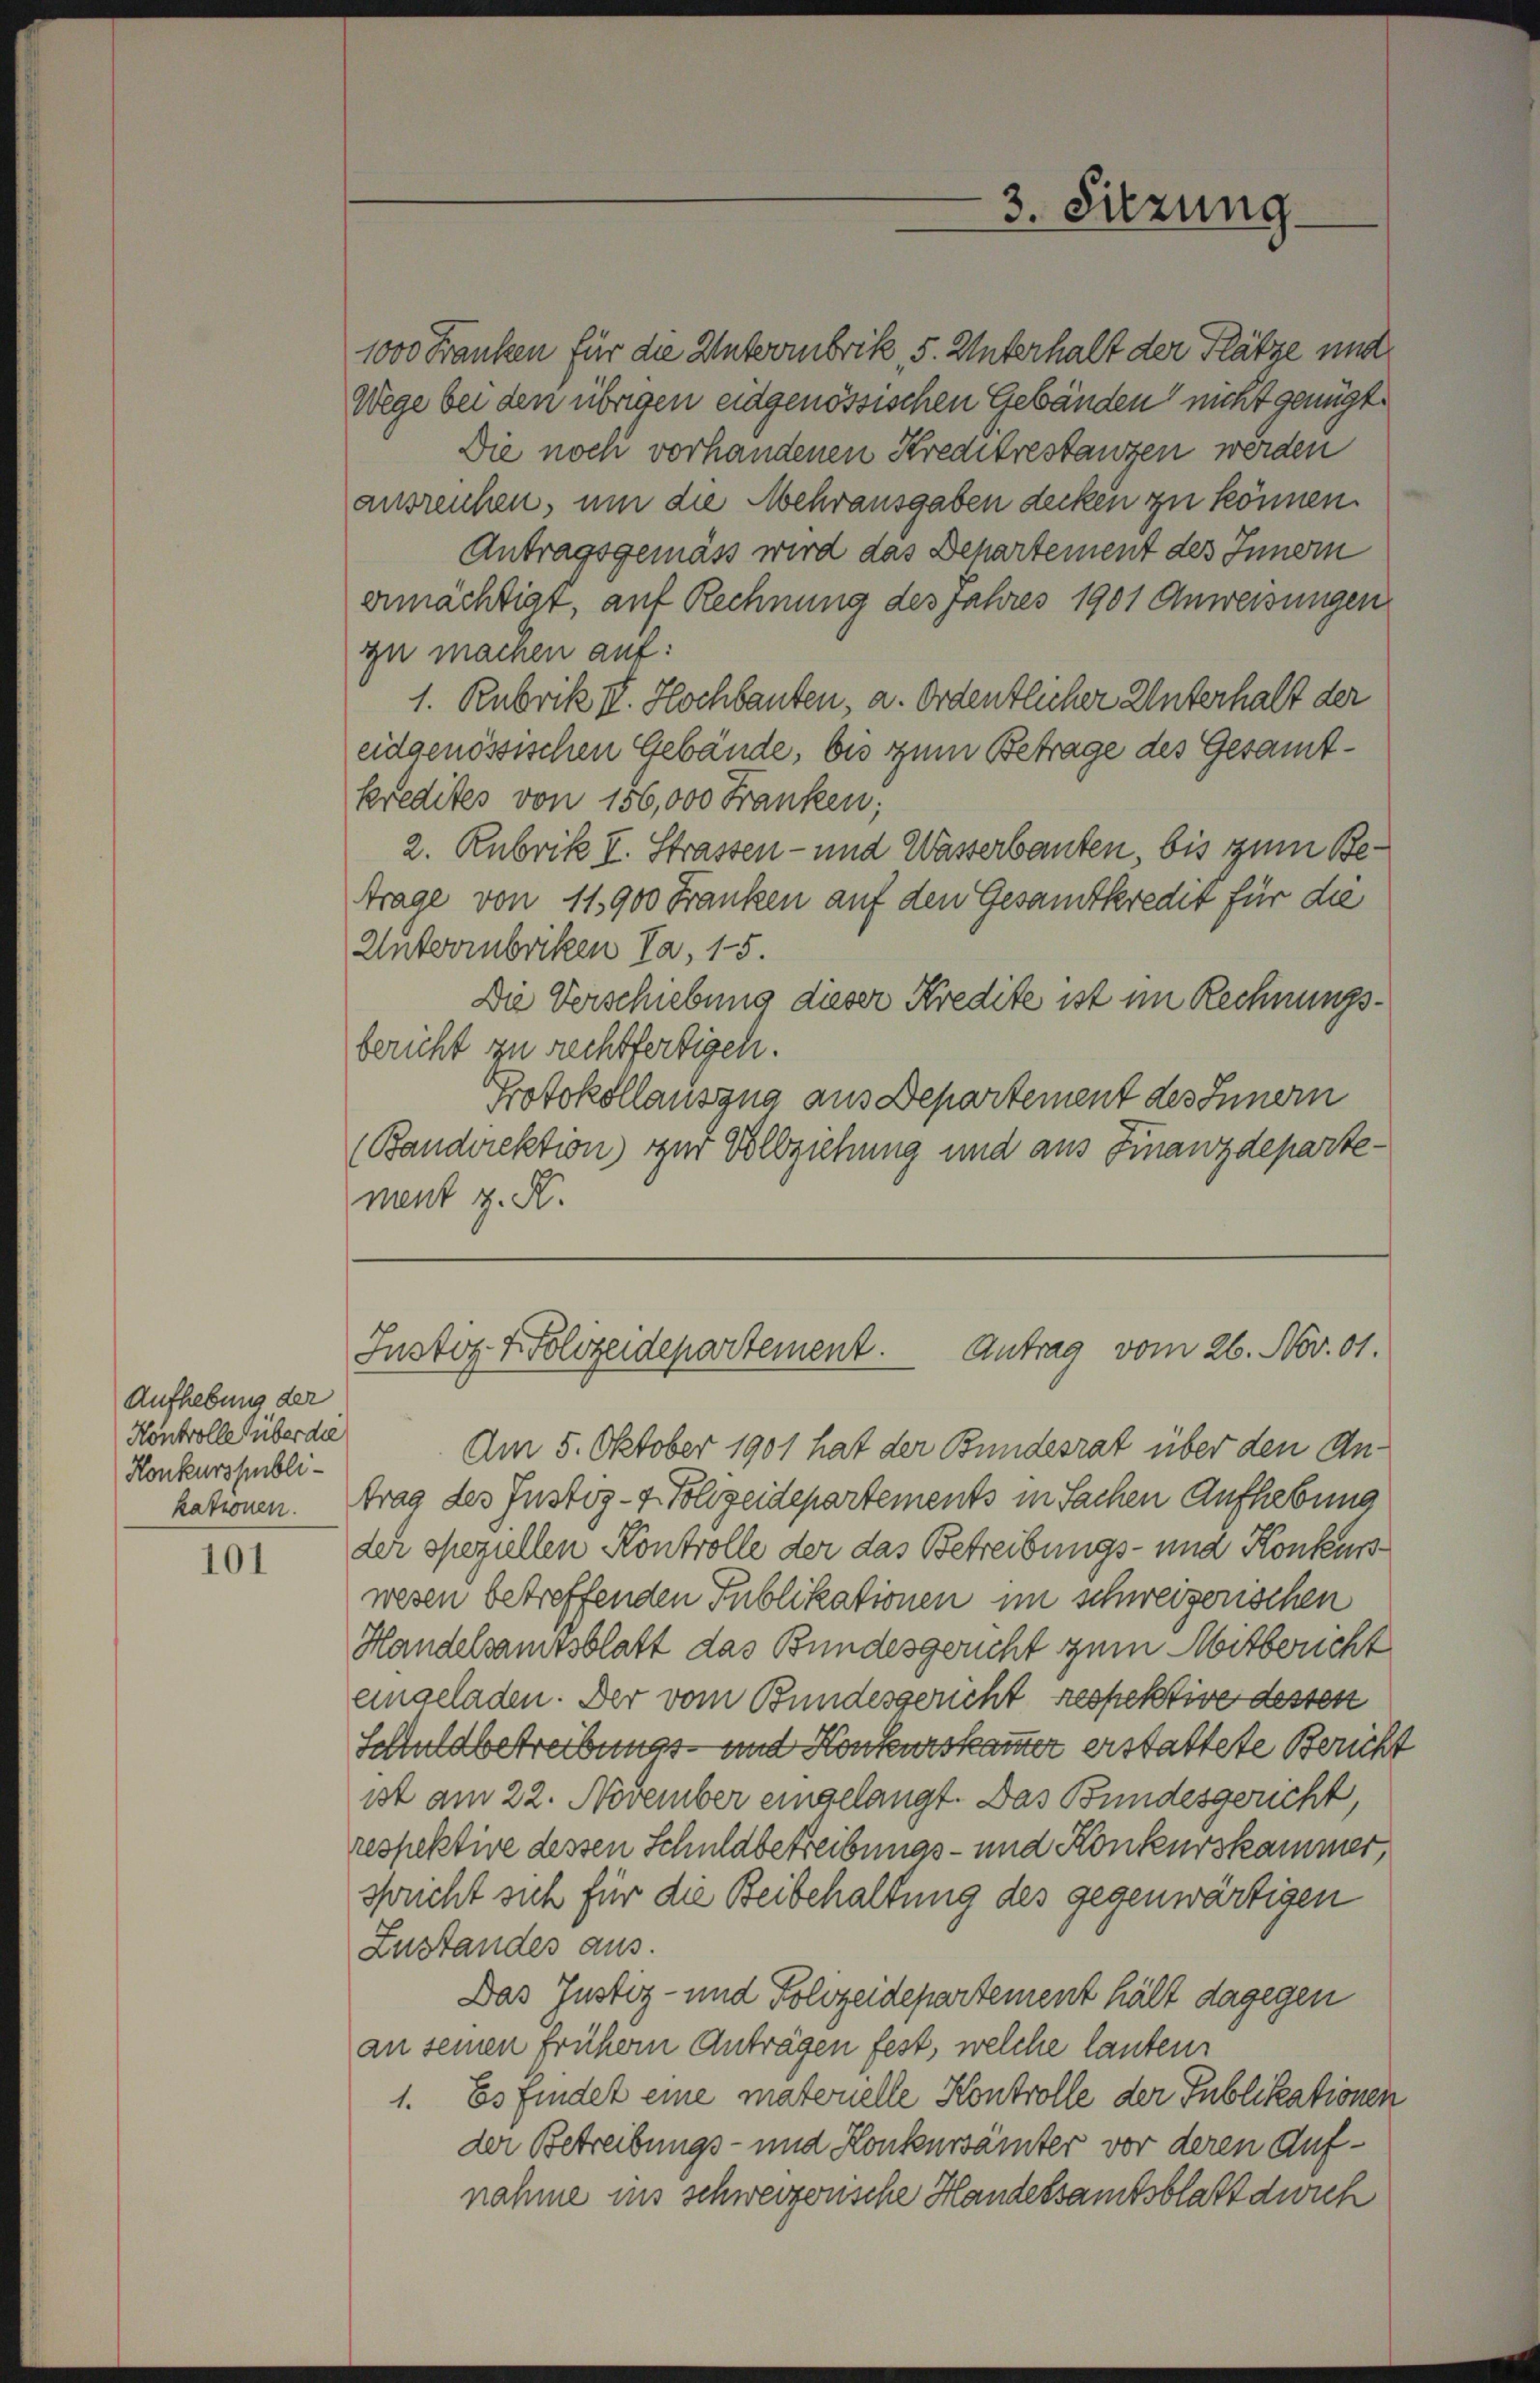
Aufhebung der
Kontrolle überdie
Konkurspubli-
kationen.

101

3. Sitzung.

1000 Franken für die Untermbrik, 5. Unterhalt der Plätze und
Wege bei den übrigen eidgenössischen Gebäuden nicht genügt
Die noch vorhandenen Kreditrestanzen werden
ausreichen, um die Mehrausgaben decken zu können.
Antragsgemäss wird das Departement des Innern
ermächtigt, auf Rechnung des Jahres 1901 Anweisungen
zu machen auf:
1. Rubrik IV. Hochbauten, a. Ordentlicher Unterhalt der
eidgenössischen Gebäude, bis zum Betrage des Gesamtkredites von 156,000 Franken;
2. Rubrik I. Strassen- und Wasserbauten, bis zum Betrage von 11900 Franken auf den Gesamtkredit für die
Untermbriken Ta, 15.
Die Verschiebung dieser Kredite ist im Rechnungsbericht zu rechtfertigen.
Protokollauszug aus Departement des Innern
(Bandirektion) zur Vollziehung und aus Finanzdepartement z. K.
Antrag vom 26. Nov. 81.
Justiz Polizeidepartement.
Am 5. Oktober 1901 hat der Bundesrat über den Antrag des Justiz- & Polizeidepartements in Sachen Aufhebung
der speziellen Kontrolle der das Betreibungs- und Konkurs
wesen betreffenden Publikationen im schweizerischen
Handelsamtsblatt das Bundesgericht zum Mitbericht
eingeladen. Der vom Bundesgericht respektive dessen
Schuldbetreibungs- und Konkurskammer erstattete Bericht
ist am 22. November eingelangt. Das Bundesgericht,
respektive dessen Schuldbetreibungs- und Konkurskammer
spricht sich für die Beibehaltung des gegenwärtigen
Zustandes aus.
Das Justiz- und Polizeidepartement hält dagegen
an seinen frühern Anträgen fest, welche lauten
1. Es findet eine materielle Kontrolle der Publikationen
der Betreibungs- und Konkursämter vor deren Aufnahme ins schweizerische Handessamtsblatt durch